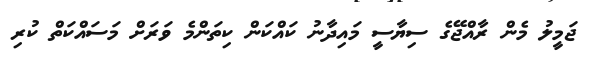
ޖަމީލު މެން ރާއްޖޭގެ ސިޔާސީ މައިދާނު ކައްކަން ކިތަންމެ ވަރަށް މަސައްކަތް ކުރި